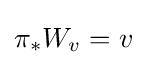
\pi _{*}W_{v}=v